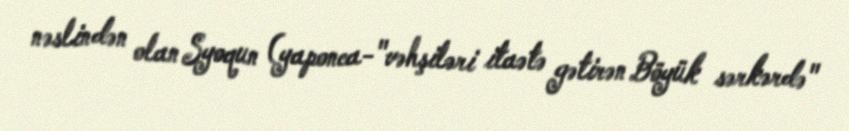
nəslindən olan Syoqun (yaponca-"vəhşiləri itaətə gətirən Böyük sərkərdə"